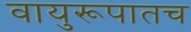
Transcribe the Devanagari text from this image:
वायुरूपातच